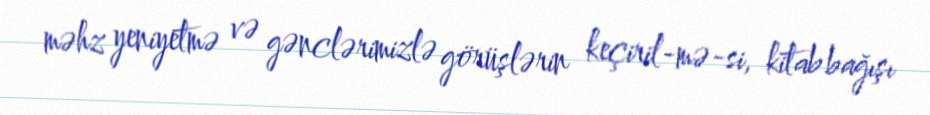
məhz yeniyetmə və gənclərimizlə görüşlərin keçiril­mə­si, kitab bağışı